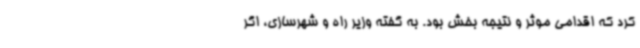
کرد که اقدامی موثر و نتیجه بخش بود. به گفته وزیر راه و شهرسازی، اگر